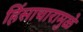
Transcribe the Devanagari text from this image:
हिंसाचारामुळे